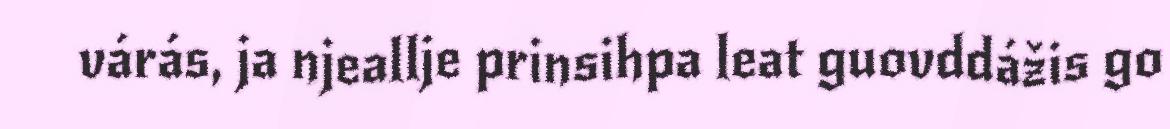
várás, ja njeallje prinsihpa leat guovddážis go